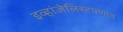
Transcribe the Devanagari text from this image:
इव्हांजेलिस्टपणात